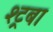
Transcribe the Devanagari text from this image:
श्ट्रबा